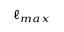
_ { \ell _ { m a x } }